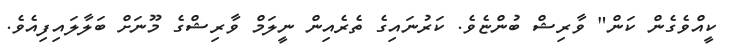
ކީއްވެގެން ކަން" ވާރިޝް ބުންޏެވެ. ކަރުނައިގެ ތެރެއިން ނީލަމް ވާރިޝްގެ މޫނަށް ބަލާލައިފިއެވެ.